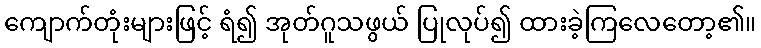
ကျောက်တုံးများဖြင့် ရံ၍ အုတ်ဂူသဖွယ် ပြုလုပ်၍ ထားခဲ့ကြလေတော့၏။